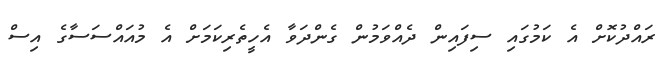
ރައްދުކޮށް އެ ކަމުގައި ސިފައިން ދެއްވަމުން ގެންދަވާ އެހީތެރިކަމަށް އެ މުއައްސަސާގެ އިސް